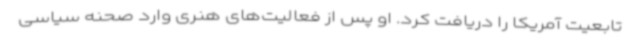
تابعیت آمریکا را دریافت کرد. او پس از فعالیت‌های هنری وارد صحنه سیاسی